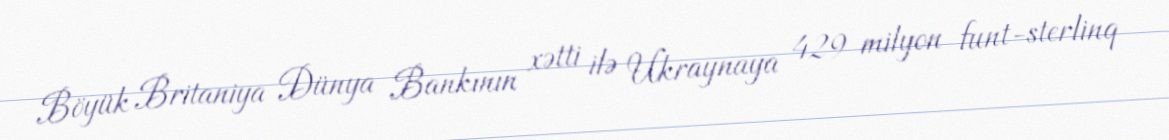
Böyük Britaniya Dünya Bankının xətti ilə Ukraynaya 429 milyon funt-sterlinq